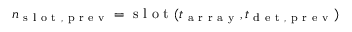
n _ { \mathrm { ~ s ~ l ~ o ~ t ~ , ~ p ~ r ~ e ~ v ~ } } = \mathrm { ~ s ~ l ~ o ~ t ~ } ( t _ { \mathrm { ~ a ~ r ~ r ~ a ~ y ~ } } , t _ { \mathrm { ~ d ~ e ~ t ~ , ~ p ~ r ~ e ~ v ~ } } )